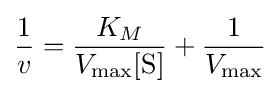
{\frac {1}{v}}={\frac {K_{M}}{V_{\max }[{\mbox{S}}]}}+{\frac {1}{V_{\max }}}